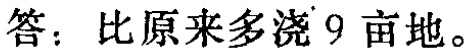
答：比原来多浇9亩地。